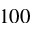
1 0 0